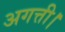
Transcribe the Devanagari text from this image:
अगत्ती।